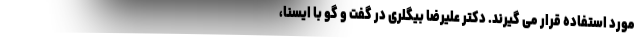
مورد استفاده قرار می گیرند. دکتر علیرضا بیگلری در گفت و گو با ایسنا،